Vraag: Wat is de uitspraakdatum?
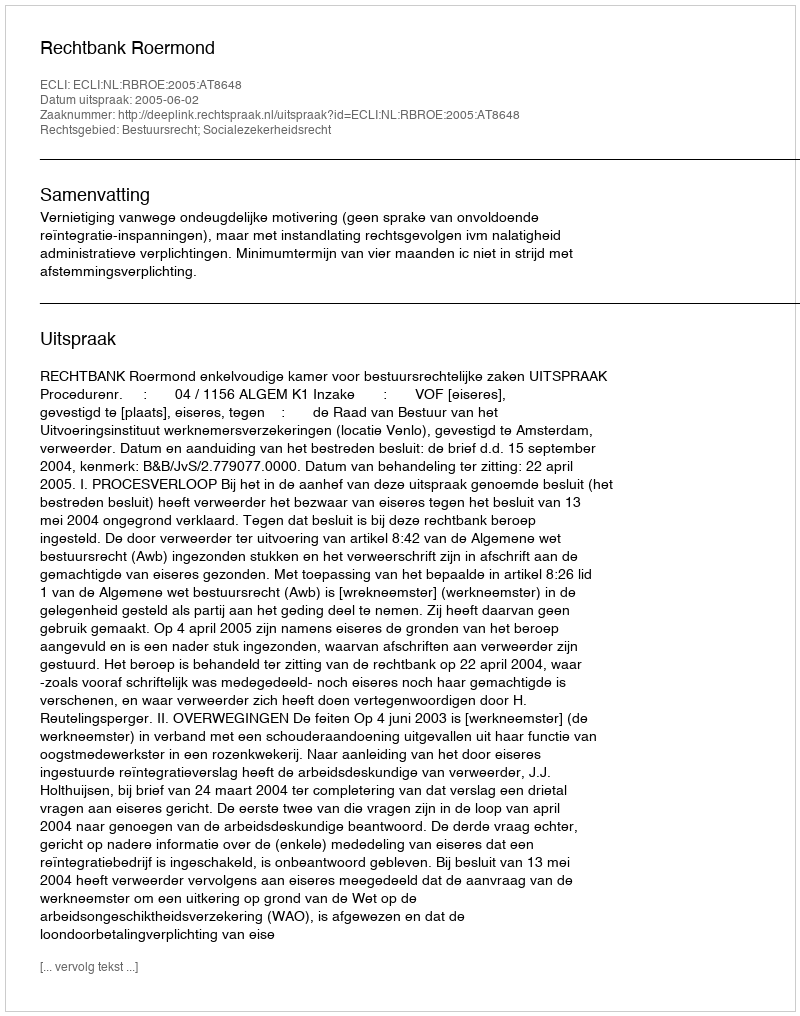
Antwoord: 2005-06-02